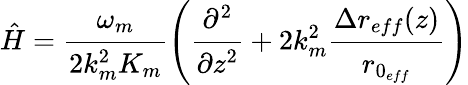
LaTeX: \hat{H}=\cfrac{\omega_{m}}{2k_{m}^{2}K_{m}}\left(\cfrac{\partial^{2}}{\partial z^{2}}+2k_{m}^{2}\cfrac{\Delta r_{eff}(z)}{r_{0_{eff}}}\right)